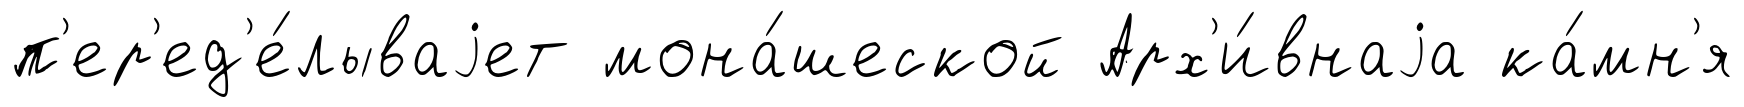
п'ер'ед'е́лываjет мона́шеской Арх'и́внаjа ка́мн'я